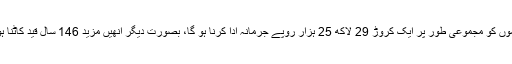
مجرموں کو مجموعی طور پر ایک کروڑ 29 لاکھ 25 ہزار روپے جرمانہ ادا کرنا ہو گا، بصورت دیگر انھیں مزید 146 سال قید کاٹنا ہو گی۔